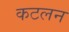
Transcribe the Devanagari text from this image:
कटलन